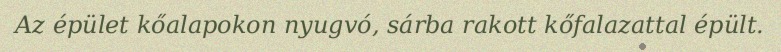
Az épület kőalapokon nyugvó, sárba rakott kőfalazattal épült.